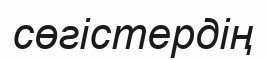
сөгістердің